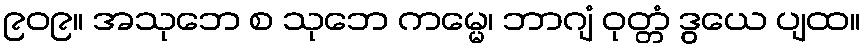
၉၀၉။ အသုဘေ စ သုဘေ ကမ္မေ၊ ဘာဂျံ ဝုတ္တံ ဒွယေ ပျထ။